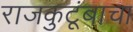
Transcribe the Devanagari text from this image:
राजकुटूंबाचा